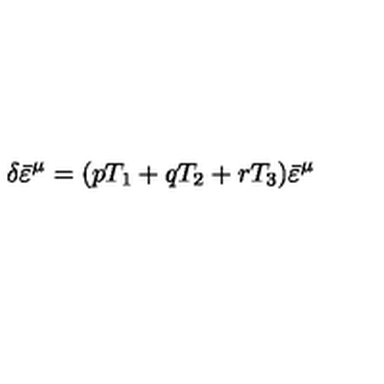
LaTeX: \delta { \bar { \varepsilon } } ^ { \mu } = ( p T _ { 1 } + q T _ { 2 } + r T _ { 3 } ) { \bar { \varepsilon } } ^ { \mu }